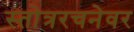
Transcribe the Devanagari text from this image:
स्तोत्ररचनेवर